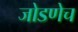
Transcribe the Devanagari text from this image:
जोडणेच